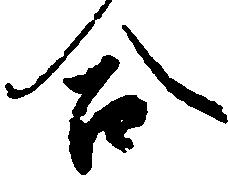
合